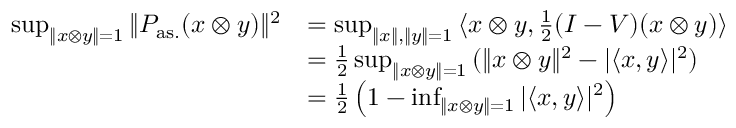
\begin{array} { r l } { \operatorname* { s u p } _ { \| x \otimes y \| = 1 } { \| P _ { \mathrm { a s . } } ( x \otimes y ) \| ^ { 2 } } } & { = \operatorname* { s u p } _ { \| x \| , \| y \| = 1 } { \langle x \otimes y , \frac { 1 } { 2 } ( I - V ) ( x \otimes y ) \rangle } } \\ & { = \frac { 1 } { 2 } \operatorname* { s u p } _ { \| x \otimes y \| = 1 } { ( \| x \otimes y \| ^ { 2 } - | \langle x , y \rangle | ^ { 2 } ) } } \\ & { = \frac { 1 } { 2 } \left( 1 - \operatorname* { i n f } _ { \| x \otimes y \| = 1 } { | \langle x , y \rangle | ^ { 2 } } \right) } \end{array}